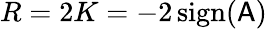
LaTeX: R=2K=-2\, \mathrm{sign}(\mathsf{A})